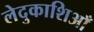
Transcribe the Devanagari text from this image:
लेदुकाशिआँ